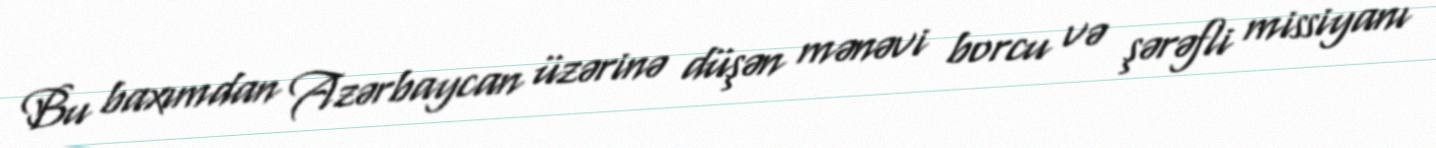
Bu baxımdan Azərbaycan üzərinə düşən mənəvi borcu və şərəfli missiyanı